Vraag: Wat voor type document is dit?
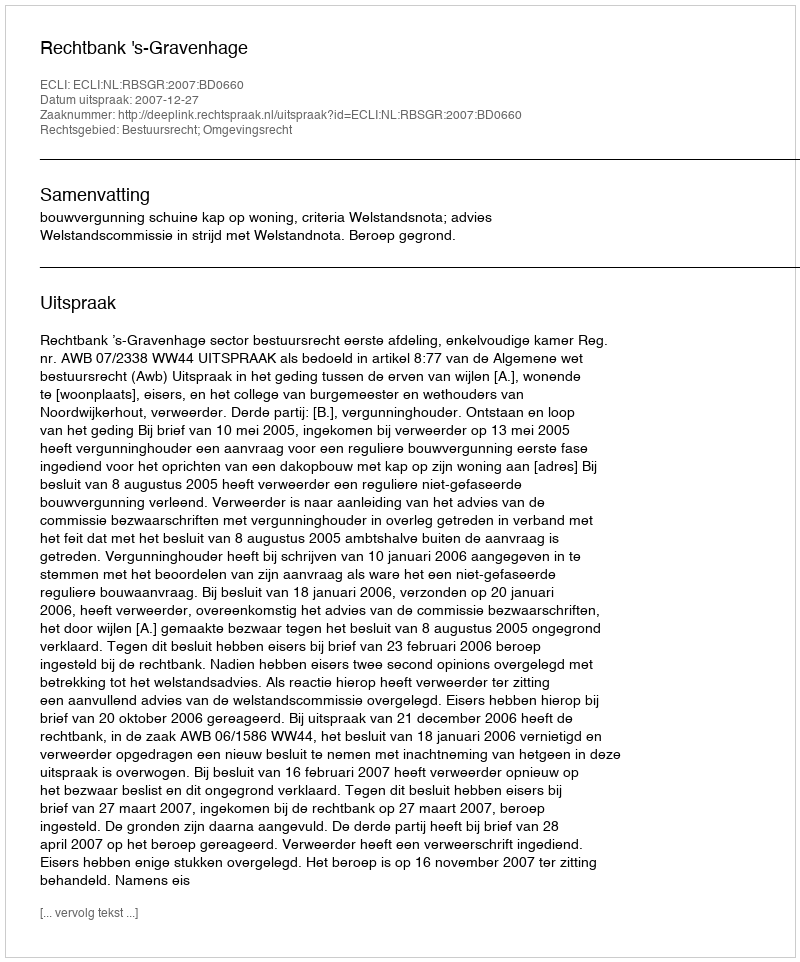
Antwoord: Uitspraak